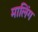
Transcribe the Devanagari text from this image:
मालिंग